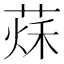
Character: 𦵒